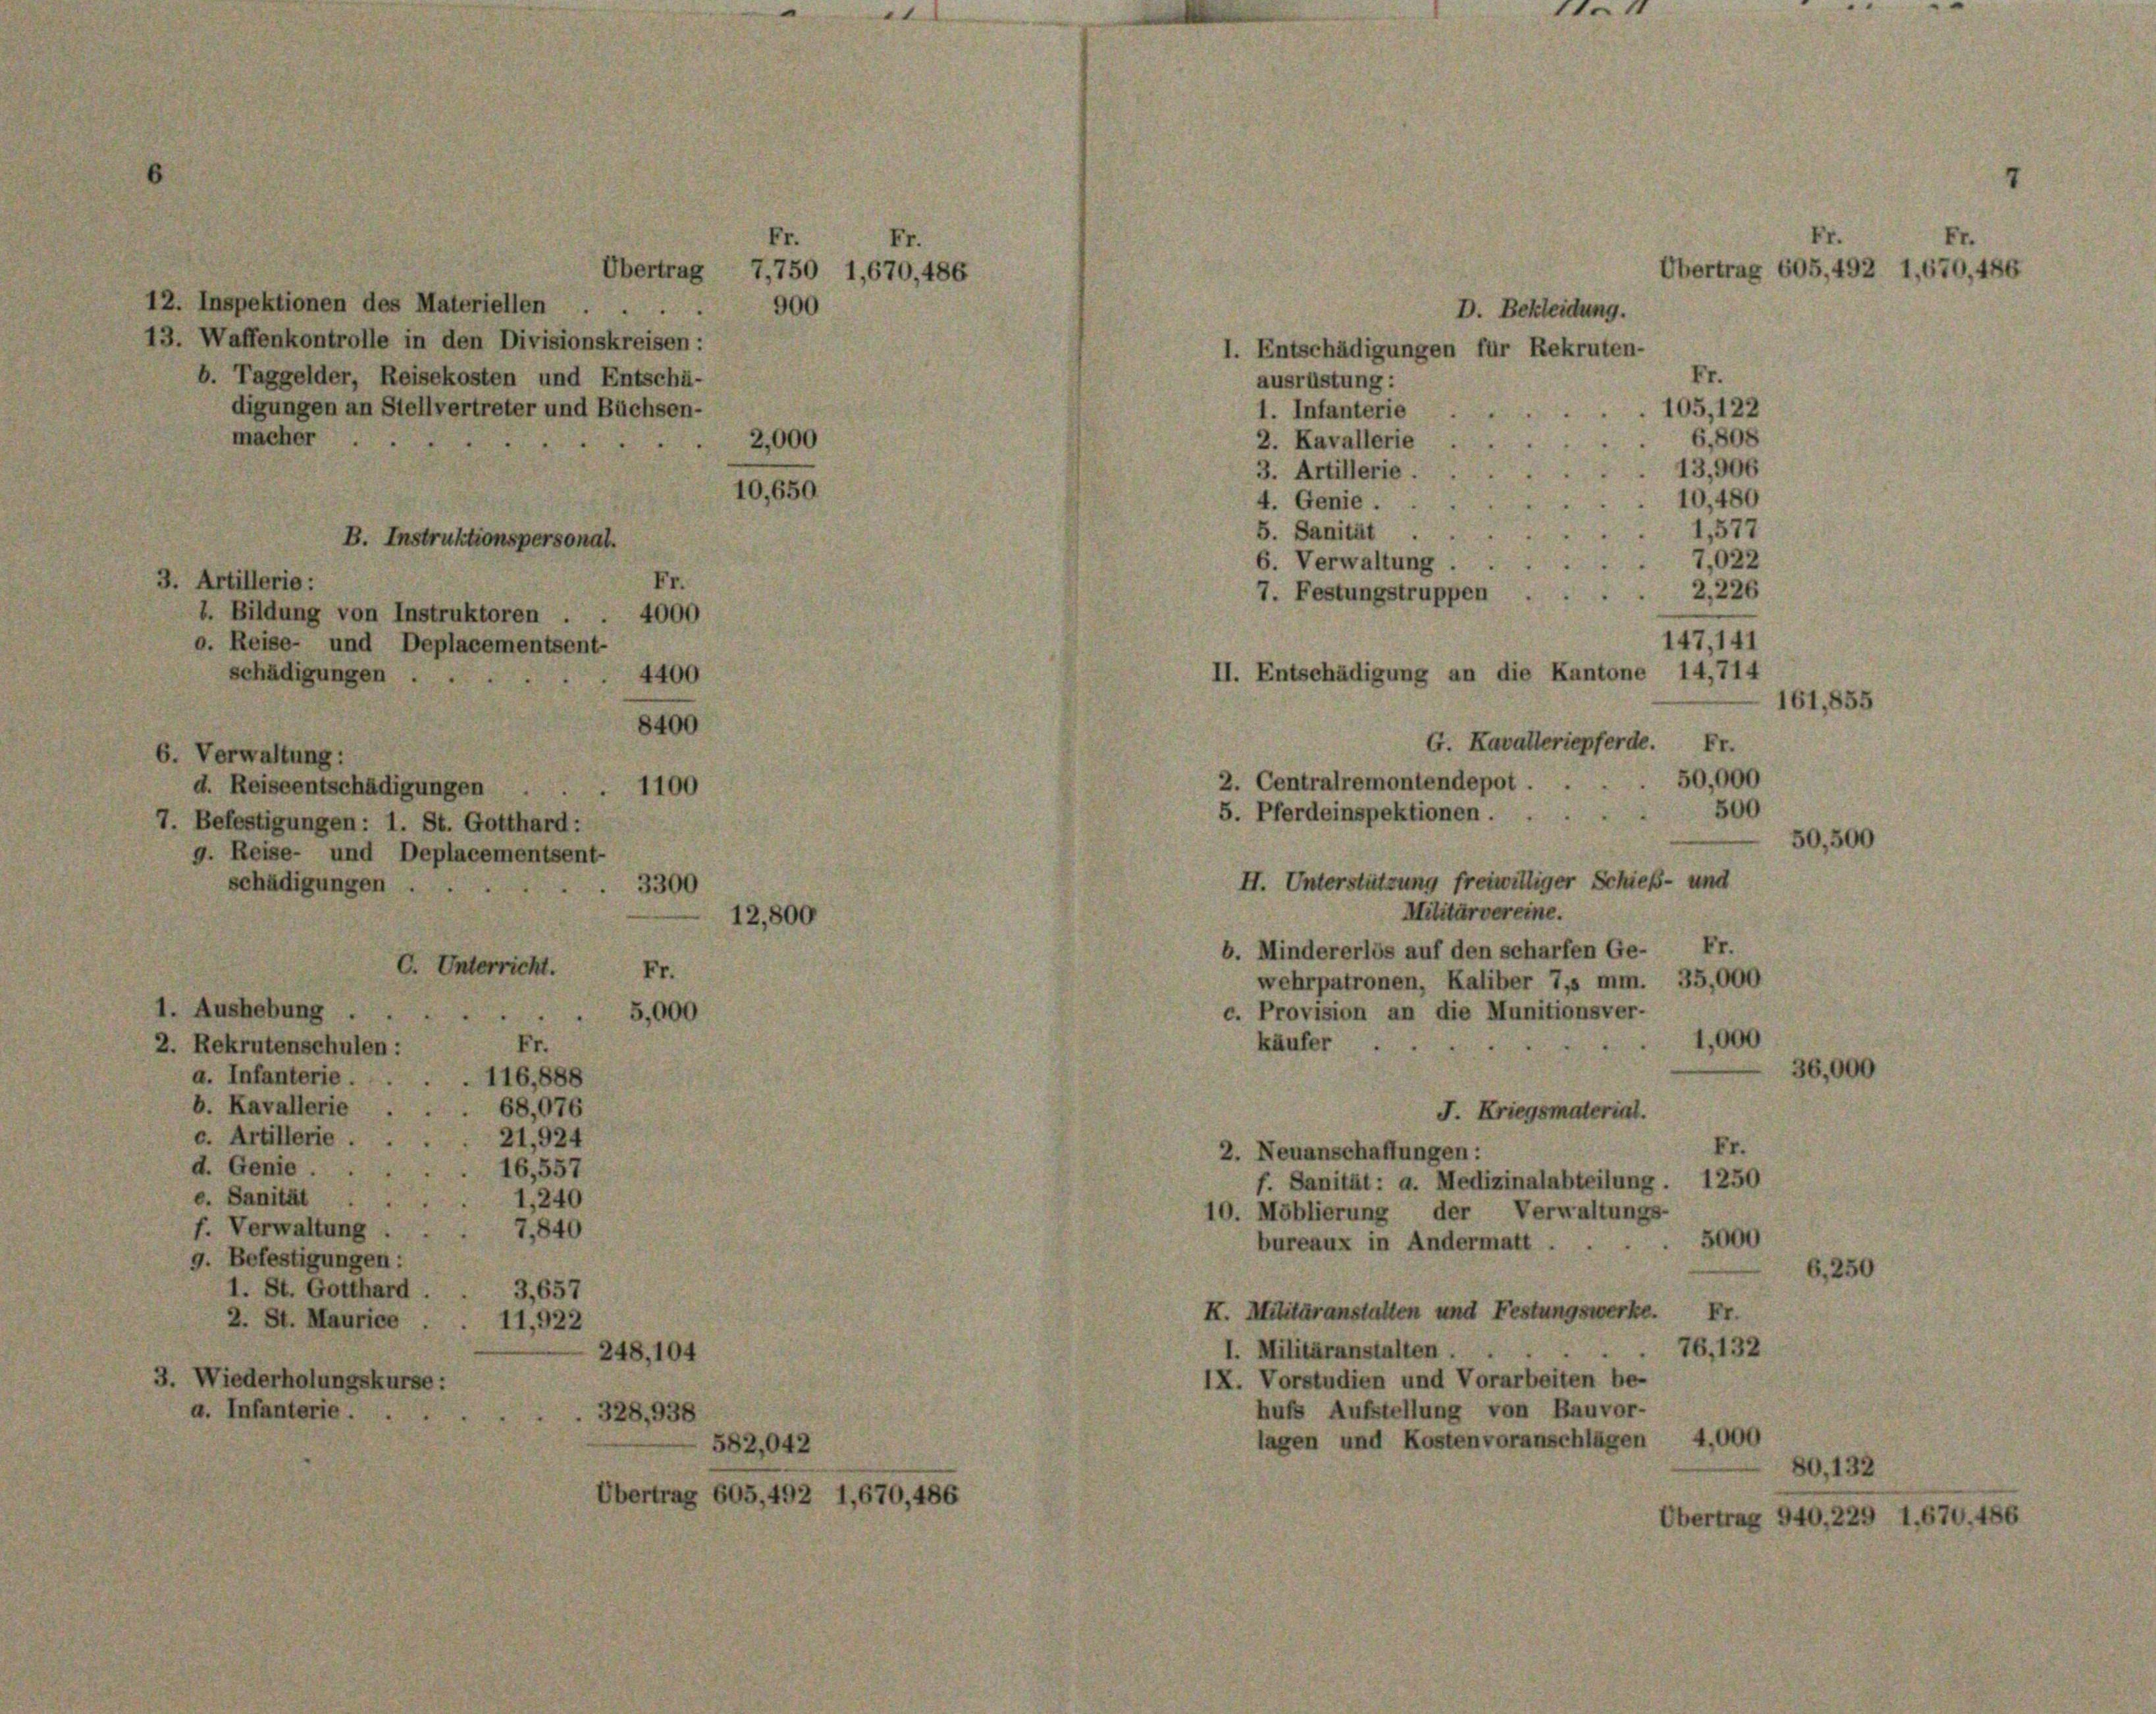
12. Inspektionen des Materiellen.
13. Waffenkontrolle in den Divisionskreisen:
b. Taggelder, Reisekosten und Entschä-
digungen an Stellvertreter und Büchsen-
macher
2,000

B. Instruktionspersonal.
3. Artillerie:
E
1. Bildung von Instruktoren
o. Reise- und Deplacementsent-
schädigungen.

1. Aushebung .

Wiederholungskurse:
a. Infanterie.

6. Verwaltung:
g. Reise- und Deplacementsent-
schädigungen .

d. Reiseentschädigungen
7. Befestigungen: 1. St. Gotthard:

5,000
Fr.
2. Rekrutenschulen :
a. Infanterie.
116,888
b. Kavallerie
68,076
c. Artillerie.
21,924
d. Genie . .
16,557
e. Sanität
1,240
f. Verwaltung
7,840
g. Befestigungen:
1. St. Gotthard.
3,657
2. St. Maurice . . 11,922
248, 104

.

4000
4400

840

1

3300

Fr.
Er
Übertrag 7,750 1,670,486
900

10,

.

12,800

328, 938
582,042

g 605, 492 1,670, 486

1. Entschädigungen für Rekruten.
ausrüstung:
1. Infanterie

d

D. Bekleidung.

147,141
161,855

Fr.
Er
Übertrag 605,492 1,670,486

Fr.
105, 122
6.808
2. Kavallerie
13,906
3. Artillerie.
10,480
4. Genie.
1,577
5. Sanität
7,022
6. Verwaltung . .
2.226
7. Festungstruppen
II. Entschädigung an die Kantone 14,714
G. Kavalleriepferde. Fr.
50,000
2. Centralremontendepot.
500
5. Pferdeinspektionen.
50,500
H. Unterstützung freiwilliger Schieß- und
Militärvereine.
b. Mindererlös auf den scharfen Ge- Fr.
wehrpatronen, Kaliber 7, mm. 35,000
c. Provision an die Munitionsver-
1,000
käufer
J. Kriegsmaterial.
Fr.
2. Neuanschaffungen:
f. Sanität: a. Medizinalabteilung. 1250
10. Moblierung der Verwaltungs-
5000
bureaux in Andermatt.
6,250
K. Militäranstalten und Festungswerke. Fr.
76, 132
I. Militäranstalten . .
IX. Vorstudien und Vorarbeiten be-
hufs Aufstellung von Bauvor
4,000
lagen und Kostenvoranschlägen
80, 132
Übertrag 940,229 1,670. 486